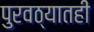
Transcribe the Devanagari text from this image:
पुरवठ्यातही